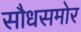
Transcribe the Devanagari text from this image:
सौधसमोर